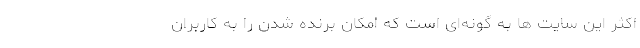
اکثر این سایت ها به گونه‌ای است که امکان برنده شدن را به کاربران